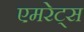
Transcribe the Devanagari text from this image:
एमरेट्स